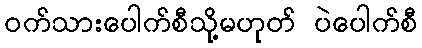
ဝက်သားပေါက်စီသို့မဟုတ် ပဲပေါက်စီ